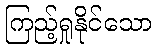
ကြည့်ရှုနိုင်သော